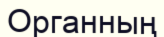
Органның